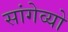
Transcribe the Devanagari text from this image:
सांगेव्यो